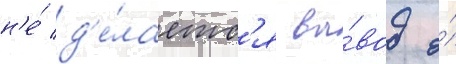
н'е́ д'е́лаетс'я вы́вод о́